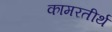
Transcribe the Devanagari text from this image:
कामरतीर्थ